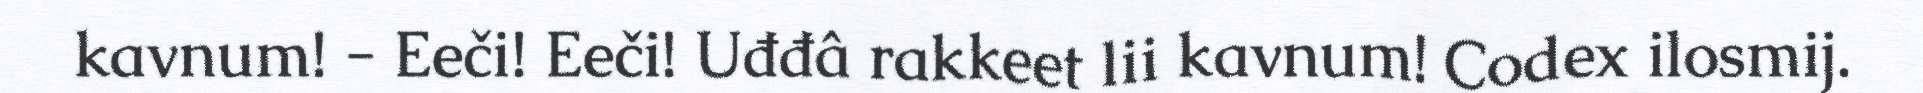
kavnum! - Eeči! Eeči! Uđđâ rakkeet lii kavnum! Codex ilosmij.